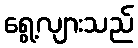
ရွေ့လျားသည်